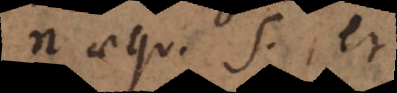
n aequ. sm (per